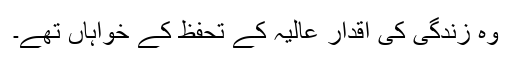
وہ زندگی کی اقدار عالیہ کے تحفظ کے خواہاں تھے۔